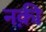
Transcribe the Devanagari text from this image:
नक़ी